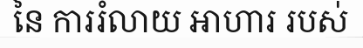
នៃ ការរំលាយ អាហារ របស់